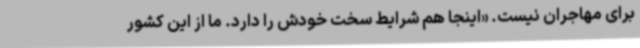
برای مهاجران نیست. «اینجا هم شرایط سخت خودش را دارد. ما از این کشور